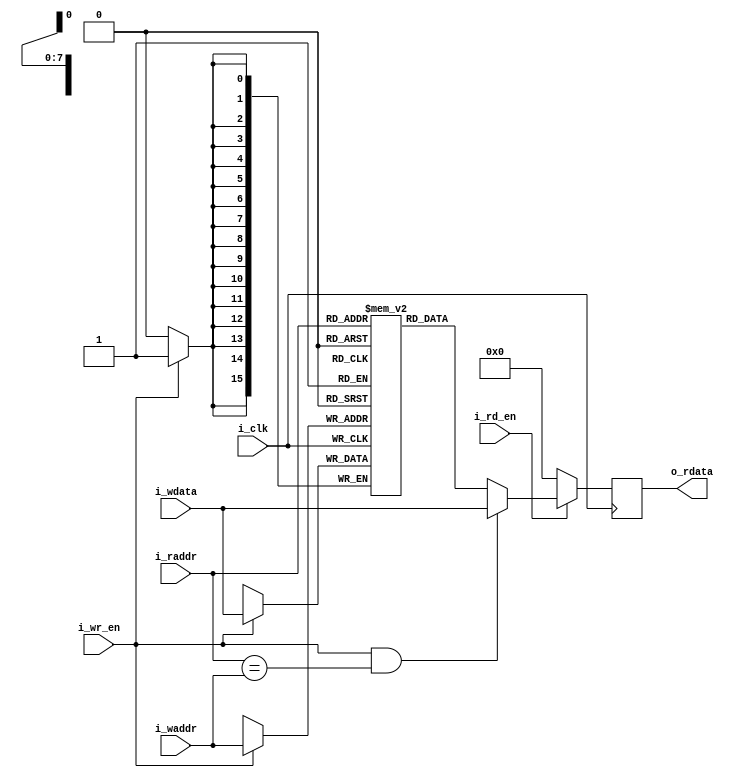
/*

iCE40 Dual-Ported Block RAM
(derived from FPGA-TN-02002-1-7-Memory-Usage-Guide-for-iCE40-Devices.pdf)

This version simulates a write-thru (transparent) memory.
Writing and reading the same address during the same cycle
will read the newly-written data rather than the old data.

    +-----------------+
    | bram (4kb)      |
    |                 |
--->|i_rd_en   i_wr_en|<---
=A=>|i_raddr   i_waddr|<=A=
<=D=|o_rdata   i_wdata|<=D=
    |                 |
 +->|i_clk            |
 |  +-----------------+

*/

`default_nettype none

module bram #(
    // DATA_SZ x MEM_MAX = 4096 bits
    parameter DATA_SZ           = 16,                           // number of bits per memory word
    parameter ADDR_SZ           = 8,                            // number of bits in each address
    parameter MEM_MAX           = (1<<ADDR_SZ)                  // maximum memory memory address
) (
    input                       i_clk,                          // system clock

    input                       i_wr_en,                        // write request
    input         [ADDR_SZ-1:0] i_waddr,                        // write address
    input         [DATA_SZ-1:0] i_wdata,                        // data written

    input                       i_rd_en,                        // read request
    input         [ADDR_SZ-1:0] i_raddr,                        // read address
    output reg    [DATA_SZ-1:0] o_rdata                         // data read
);

    // inferred block ram
    reg [DATA_SZ-1:0] mem [0:MEM_MAX-1];

    // write access
    always @(posedge i_clk) begin
        if (i_wr_en) begin
            mem[i_waddr] <= i_wdata;
        end
    end

    // read access
    always @(posedge i_clk) begin
        if (i_rd_en) begin
            if (i_wr_en && (i_raddr == i_waddr)) begin
                o_rdata <= i_wdata;  // write-before-read pass-thru
            end else begin
                o_rdata <= mem[i_raddr];
            end
        end else begin
            o_rdata <= 0;  // UNDEF
        end
    end

endmodule